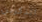
اتذكرين